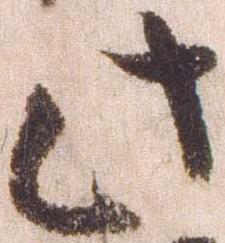
此